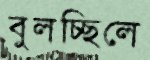
বুলচ্ছিলে